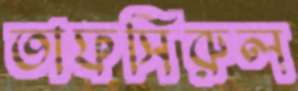
তাফসিরুল